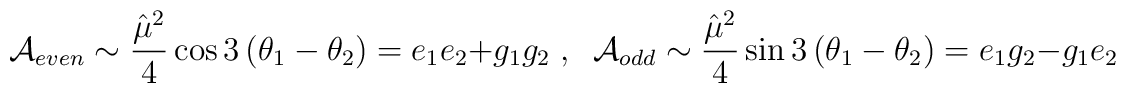
{\cal A}_{even} \sim \frac {{\hat \mu}^2}4 \cos 3 \left(\theta_{1} - \theta_{2} \right) =e_1 e_2 + g_1 g_2 \;,\;\; {\cal A}_{odd} \sim \frac {{\hat \mu}^2}4 \sin 3 \left(\theta_{1} - \theta_{2} \right) =e_1 g_2 - g_1 e_2